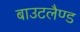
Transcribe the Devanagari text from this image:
बाउटलैण्ड